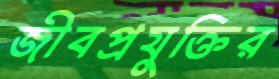
জীবপ্রযুক্তির